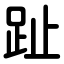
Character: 趾